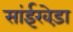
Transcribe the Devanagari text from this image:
सांईखेड़ा